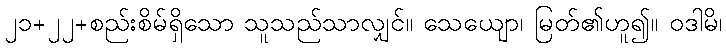
၂၁+၂၂+စည်းစိမ်ရှိသော သူသည်သာလျှင်။ သေယျော၊ မြတ်၏ဟူ၍။ ဝဒါမိ၊